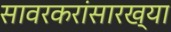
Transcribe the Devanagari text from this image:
सावरकरांसारख्या